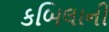
કબિલાની